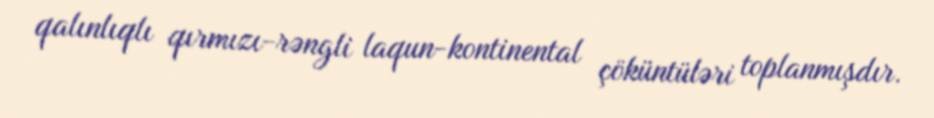
qalınlıqlı qırmızı-rəngli laqun-kontinental çöküntüləri toplanmışdır.